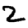
Digit: 2